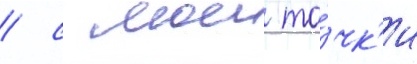
/ с моеи то́чк'и